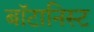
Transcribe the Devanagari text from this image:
बाॅटानिस्ट